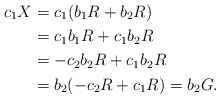
\begin{align*} c_1X & = c_1(b_1R+b_2R) \\& = c_1b_1 R + c_1b_2 R \\& = -c_2b_2R + c_1b_2R \\& = b_2(-c_2R+c_1R) = b_2G.\end{align*}